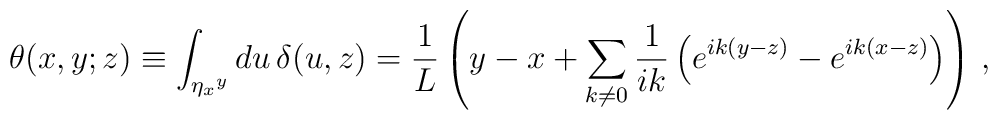
\theta(x,y;z)\equiv \int_{\eta_x{}^y} du\, \delta(u,z)= \frac{1}{L} \left( y-x + \sum_{k\ne 0} \frac{1}{ik}                   \left( e^{ik(y-z)} - e^{ik(x-z)} \right)                   \right)\, ,